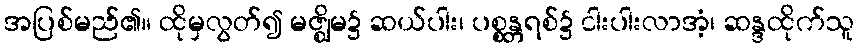
အပြစ်မည်၏။ ထိုမှလွတ်၍ မဇ္ဈိမ၌ ဆယ်ပါး၊ ပစ္စန္တရစ်၌ ငါးပါးလာအံ့၊ ဆန္ဒထိုက်သူ